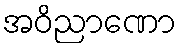
အဝိညာဏော